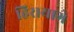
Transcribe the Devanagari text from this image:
हिरायागे